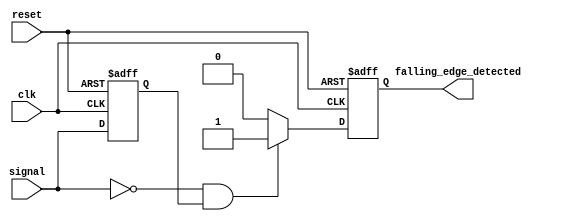
module falling_edge_detector (
    input wire clk,            // System clock
    input wire reset,          // Asynchronous reset
    input wire signal,         // Input signal to detect falling edge
    output reg falling_edge_detected // Output pulse for falling edge
);

// Internal signal to hold the previous state of the input signal
reg previous_signal;

// Falling Edge Detection Logic
always @(posedge clk or posedge reset) begin
    if (reset) begin
        previous_signal <= 1'b0; // Initialize previous state
        falling_edge_detected <= 1'b0; // Initialize output
    end else begin
        previous_signal <= signal; // Capture current state on clock edge
        // Detect falling edge: current is 0 and previous was 1
        if (signal == 1'b0 && previous_signal == 1'b1) begin
            falling_edge_detected <= 1'b1; // Set pulse high
        end else begin
            falling_edge_detected <= 1'b0; // Reset pulse
        end
    end
end

endmodule